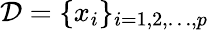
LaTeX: \mathcal{D}=\{ x_{i}\} _{i=1,2,\ldots,p}